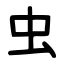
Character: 虫